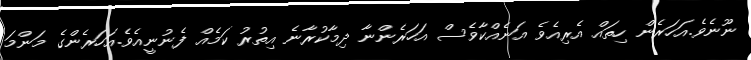
ނޫނެވެ.އަހަރެން ހިތައް އެރިއެވެ އަނެއްކާވެސް އަހަރެންނާ ދިމާކުރާނެ އިތުރު ކަމެއް ފެނުނީއެވެ.އަހަރެންގެ މަންމަ